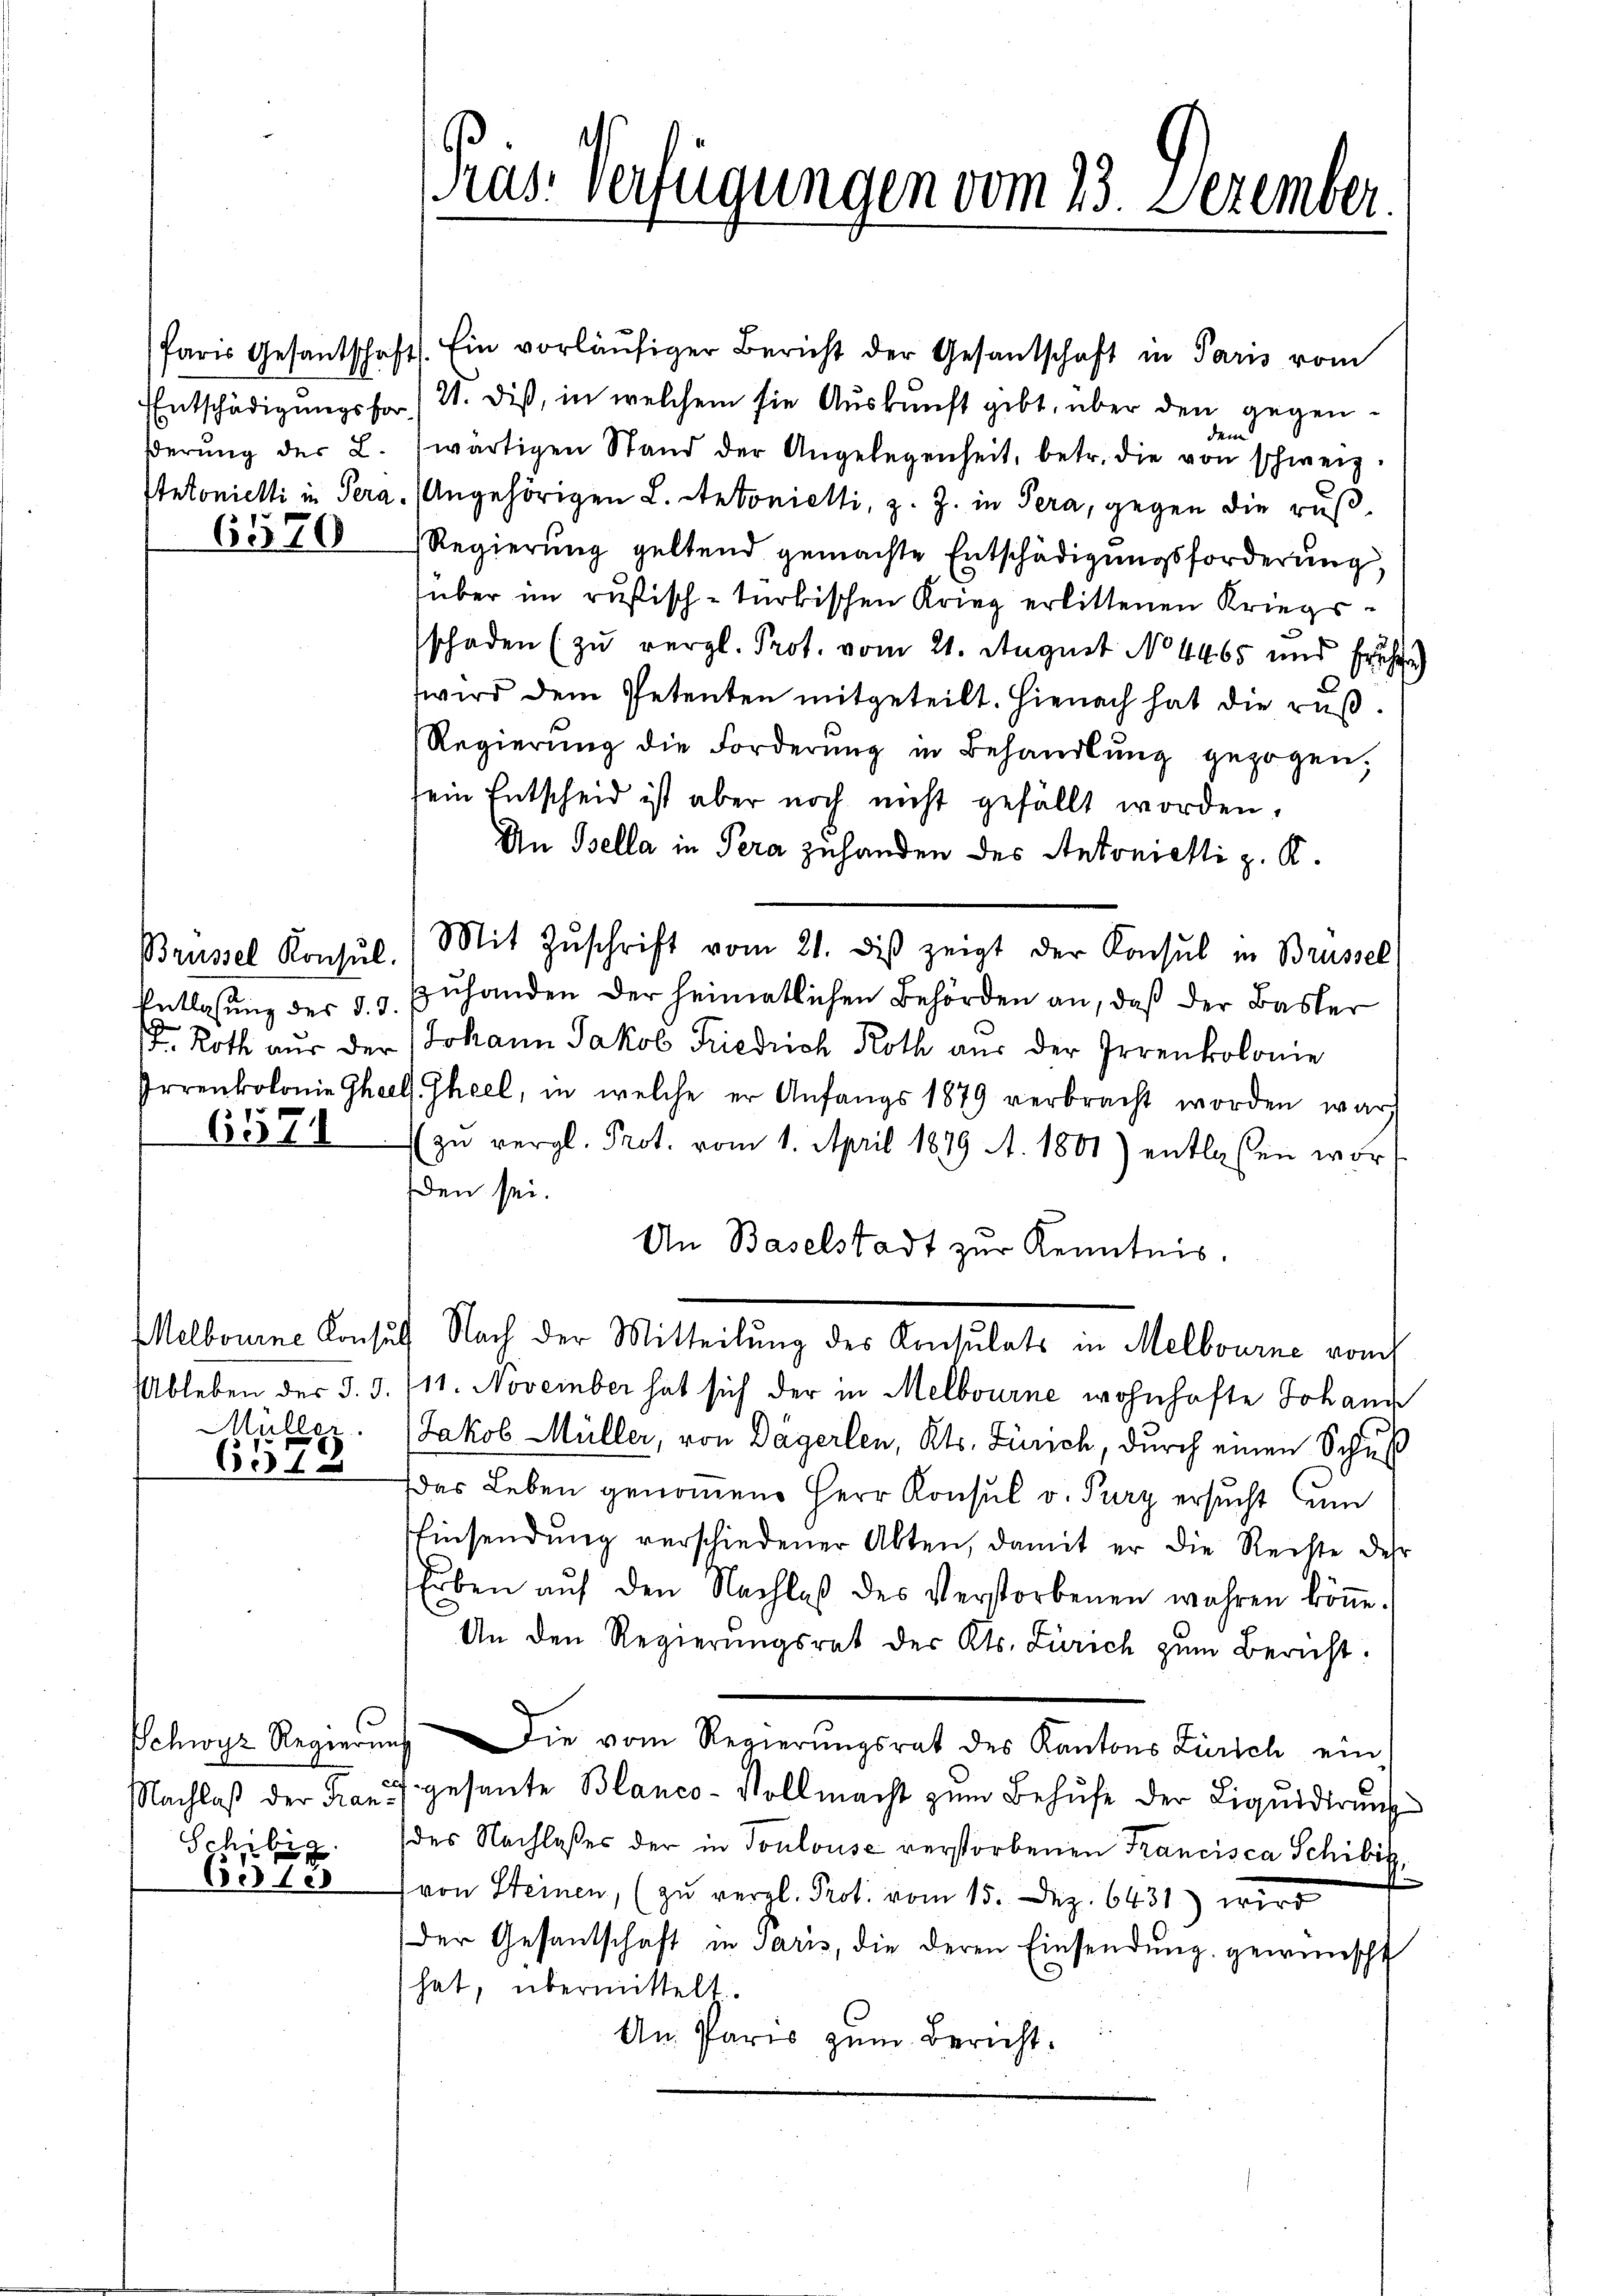
Paris Gesantschaft

6570

Brüssel Konsul.

Müller

604

Nachlaß der Fran¬
Schibig

631e

Ein vorläŭfiger Bericht der Gesantschaft in Paris vom
Entschädigungsfor (21. diß, in welchem sie Auskunft gibt, über den gegendem
βerŭng der L. (wärtigen Stand der Angelegenheit, betr. die von schweiz.
Satonielti in Pera. Angehörigen L. Antonietti, z. Z. in Pera, gegen die rus¬
Regierung geltend gemachte Entschädigungsforderung,
über im rusisch-türkischen Krieg erlittenen Kriegsschaden (zu vergl. Prot. vom 21. August No. 4465 und frühe
wird dem Petenten mitgeteilt. Hienach hat die rus¬
Regierŭng die Forderŭng in Behandlŭng gezogen,
sein Entscheid ist aber noch nicht gefällt worden.
An Bella in Pera zuhanden des Antonielli z. K.
Mit Zŭschrift vom 21. dis zeigt der Konsul in Brüssel
Entlasung des §. 3. Zuhanden der heimatlichen Behörden an, daß der Basler
. Roth aŭs der Johann Jakob Friedrich Roth aŭs der Irrenkolonie
Irrenkolonie Ghael Theel, in welche er Anfangs 1879 verbracht worden war
6578 zŭ vergl. Prot. vom 1. April 1879 A. 1801) entlassen wor
den sei.
Un Baselstadt zur Kenntnis.
Melbourne Konsul Nach der Mitteilung des Konsulats in Melbourne vom
Ableben der §. 3. 111. November hat sich der in Melbourne wohnhafte Johann
Jakob Müller, von Dägerlen, Kts. Zürich, durch einen Schuß
das Leben genommene Herr Konsul v. Kurz ersucht zum
Einsendŭng verschiedener Alten, damit er die Rechte der
Erben aŭf den Nachlaß des Verstorbenen wahren köṅe.
An den Regierŭngsrat des Kts. Zürich zum Bericht:
Schwyz Regierung die vom Regierungsrat des Kantons Zürich ein-
gesente Blanco-Vollmacht zum Behufe der Liquidirung
des Nachlasses der in Toulouse verstorbenen Francisca Schibik,
von Steinen, (zu vergl. Prot. vom 15. Dez. 6431) wird
der Gesantschaft in Paris, die deren Einsendung gewünscht
hat, übermittelt.
An Paris zum Bericht.

Prus. Verfügungen vom 13. Dezember.